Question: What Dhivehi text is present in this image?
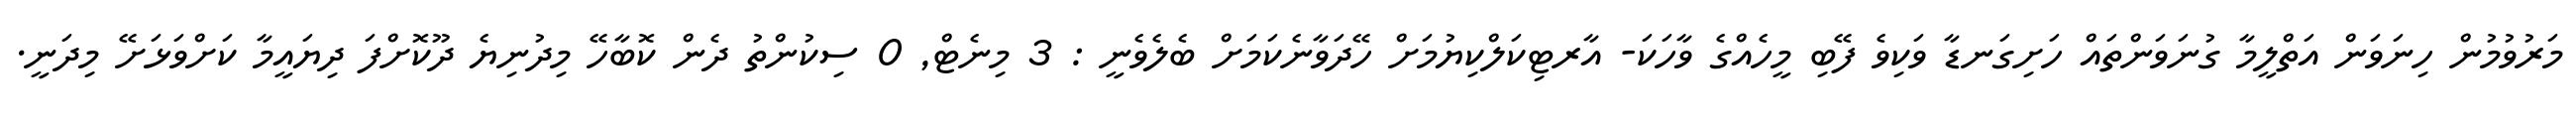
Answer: މަރުވުމުން ހިނަވަން އަތްލީމާ ގުނަވަންތައް ހަށިގަނޑާ ވަކިވެ ފޭބި މީހެއްގެ ވާހަކަ- އާރޓިކަލްކިޔުމަށް ހޭދަވާނެކަމަށް ބެލެވެނީ : 3 މިނެޓް, 0 ސިކުންތު ދެން ކޮބާހޭ މިދުނިޔެ ދޫކޮށްފަ ދިޔައީމާ ކަށްވަޅަށޭ މިދަނީ.